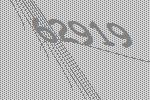
62919